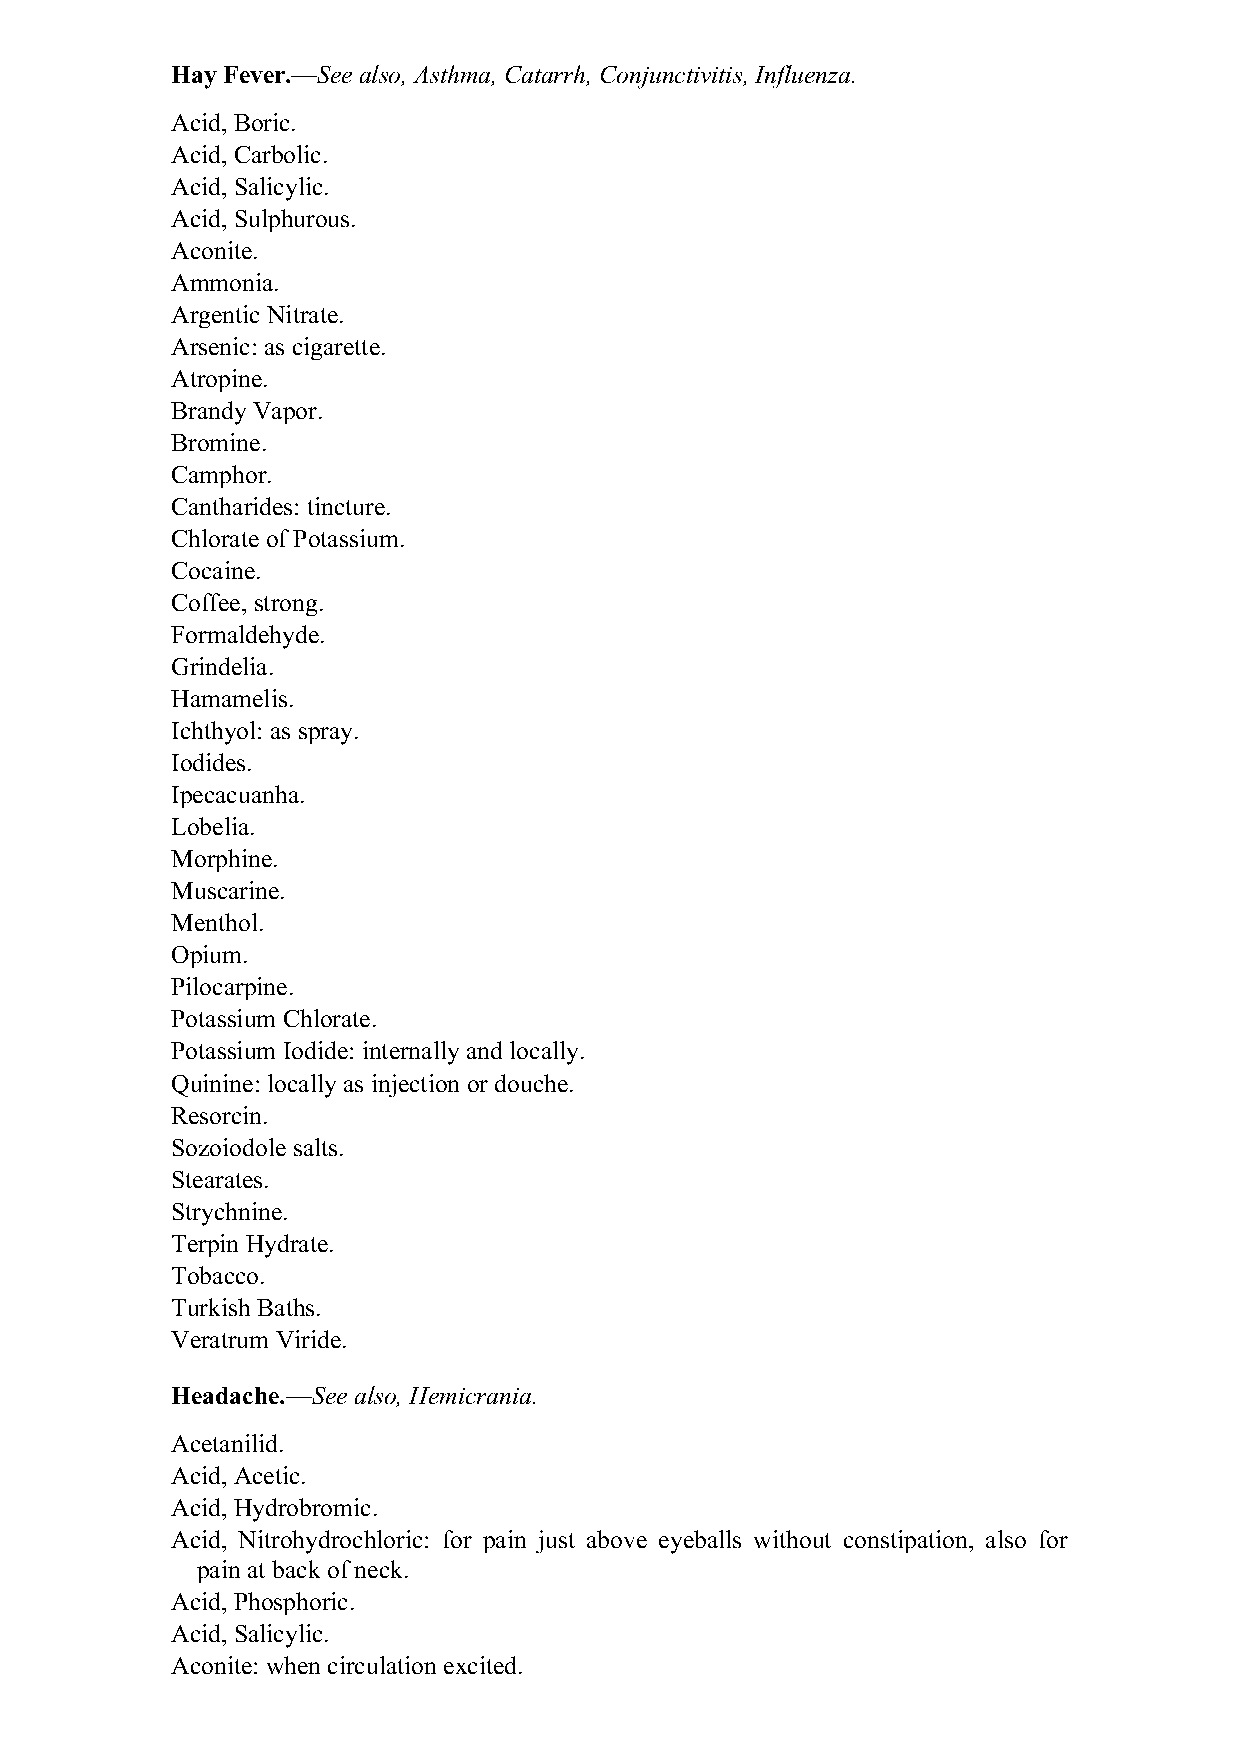
Hay Fever.—See also, Asthma, Catarrh, Conjunctivitis, Influenza.
 Acid, Boric.
 Acid, Carbolic.
 Acid, Salicylic.
 Acid, Sulphurous.
 Aconite.
 Ammonia.
 Argentic Nitrate.
 Arsenic: as cigarette.
 Atropine.
 Brandy Vapor.
 Bromine.
 Camphor.
 Cantharides: tincture.
 Chlorate of Potassium.
 Cocaine.
 Coffee, strong.
 Formaldehyde.
 Grindelia.
 Hamamelis.
 Ichthyol: as spray.
 Iodides.
 Ipecacuanha.
 Lobelia.
 Morphine.
 Muscarine.
 Menthol.
 Opium.
 Pilocarpine.
 Potassium Chlorate.
 Potassium Iodide: internally and locally.
 Quinine: locally as injection or douche.
 Resorcin.
 Sozoiodole salts.
 Stearates.
 Strychnine.
 Terpin Hydrate.
 Tobacco.
 Turkish Baths.
 Veratrum Viride.
 Headache.—See also, Hemicrania.
 Acetanilid.
 Acid, Acetic.
 Acid, Hydrobromic.
 Acid, Nitrohydrochloric: for pain just above eyeballs without constipation, also for
 pain at back of neck.
 Acid, Phosphoric.
 Acid, Salicylic.
 Aconite: when circulation excited.